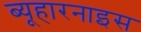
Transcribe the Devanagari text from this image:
ब्यूहारनाइस